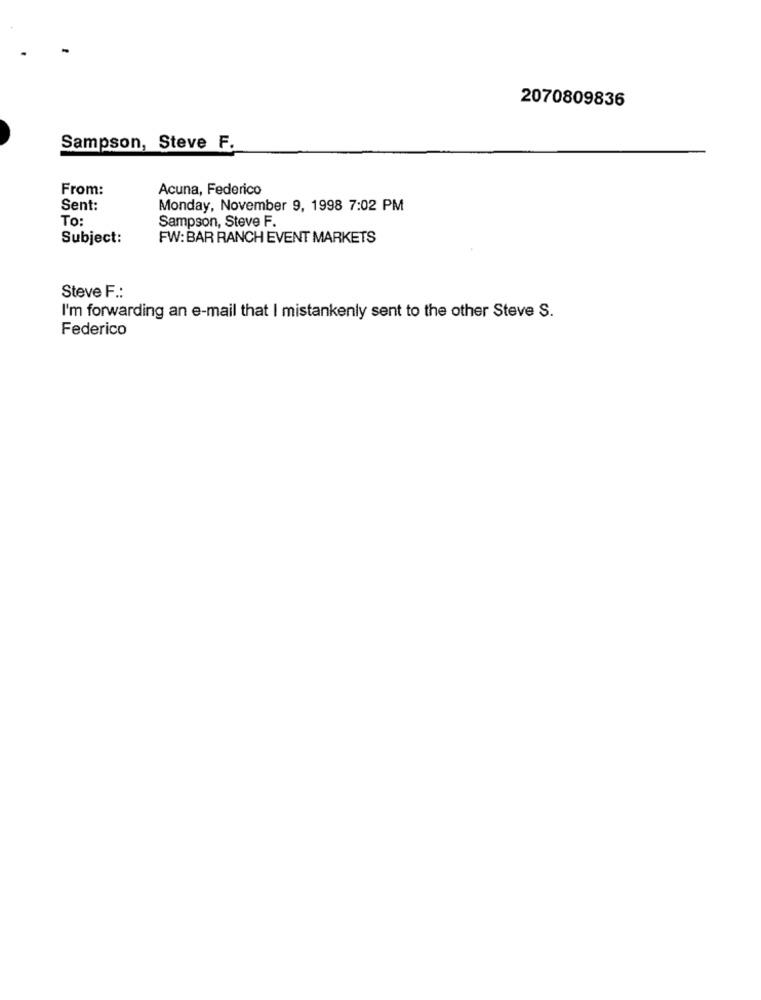
2070809836
Sampson, Steve F.
From:
Acuna, Federico
Sent:
Monday, November 9, 1998 7:02 PM
To
Sampson, Steve F.
Subject:
FW: BAR RANCH EVENT MARKETS
Steve F .:
I'm forwarding an e-mail that I mistankenly sent to the other Steve S.
Federico